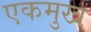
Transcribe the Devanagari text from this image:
एकमुख